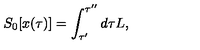
S _ { 0 } [ x ( \tau ) ] = \int _ { \tau ^ { \prime } } ^ { \tau ^ { \prime \prime } } d \tau L ,